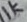
Text: 1K